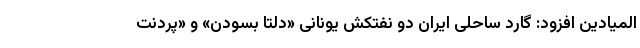
المیادین افزود: گارد ساحلی ایران دو نفتکش یونانی «دلتا بسودن» و «پردنت